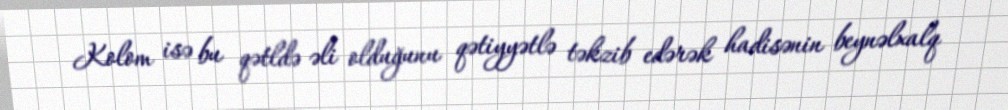
Kolom isə bu qətldə əli olduğunu qətiyyətlə təkzib edərək hadisənin beynəlxalq